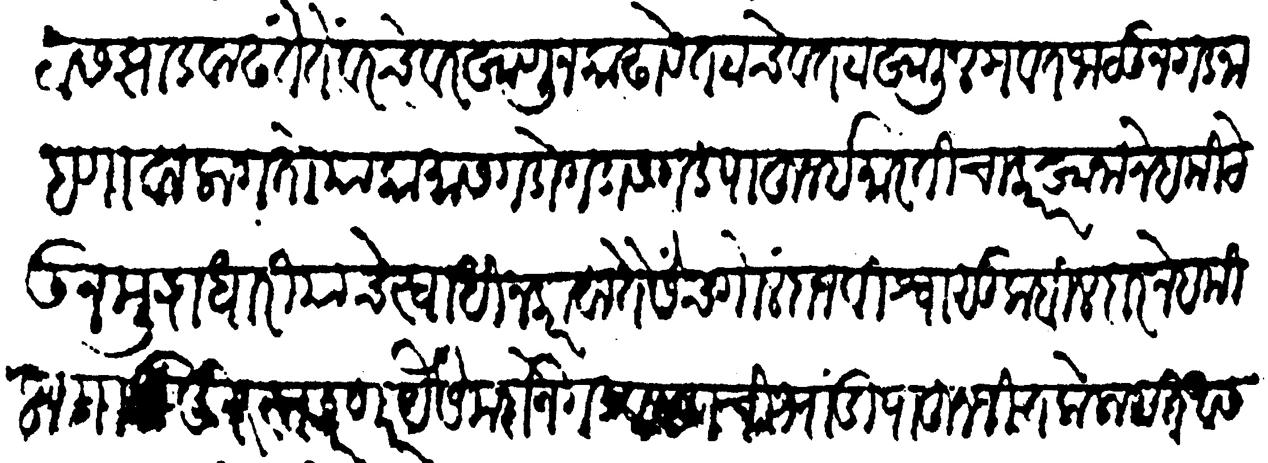
Transliteration (Devanagari): तटास झाड वाढतें तें वरचेवर खणून काढावें तटाचें व तटाखालील गवत जाळून गड नाहणावा लागतो या कामास गडोगडास गड पाहून इमारतीचा कारखाना नेहमी ठेऊन मुद्राधारी याचे स्वाधीन करावा तैसेंच गोलंदाज विश्वासू कबीलदार नेहमीलागा दुरुस्त करणार यैसे मर्दाने गड व गडाचीं भांडीं पाहून जितके लागत आसतील